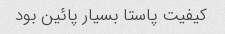
کیفیت پاستا بسیار پائین بود